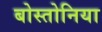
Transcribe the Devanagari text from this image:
बोस्तोनिया